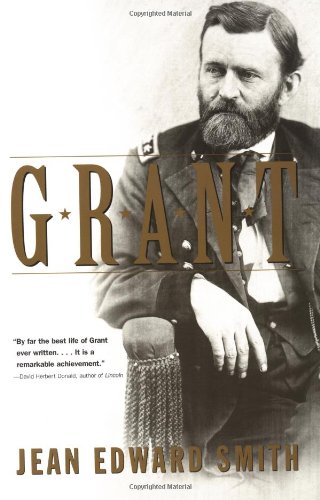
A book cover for Grant; Jean Edward Smith; History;